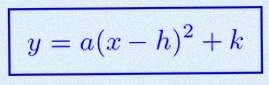
y=a(x-h)^2+k